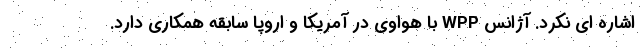
اشاره ای نکرد. آژانس WPP با هواوی در آمریکا و اروپا سابقه همکاری دارد.